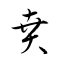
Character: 賁